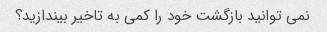
نمی توانید بازگشت خود را کمی به تاخیر بیندازید؟